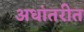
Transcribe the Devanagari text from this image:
अधांतरीत